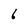
Character: 6